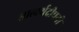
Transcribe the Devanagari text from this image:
धात्वर्थदीपनी